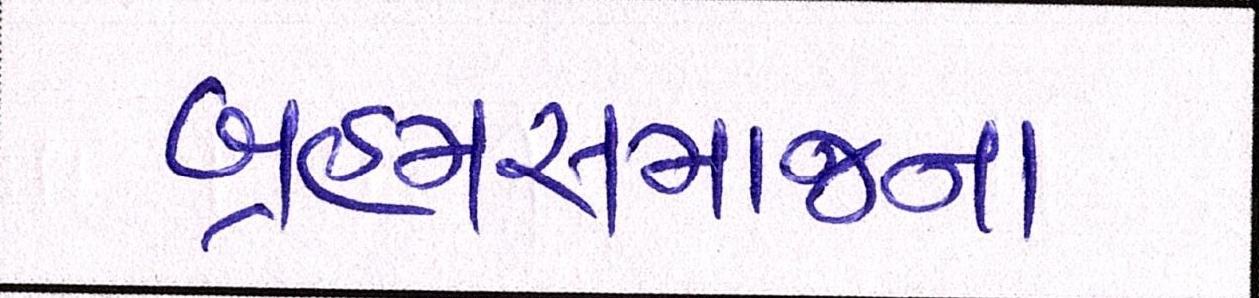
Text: બ્રહ્મસમાજના